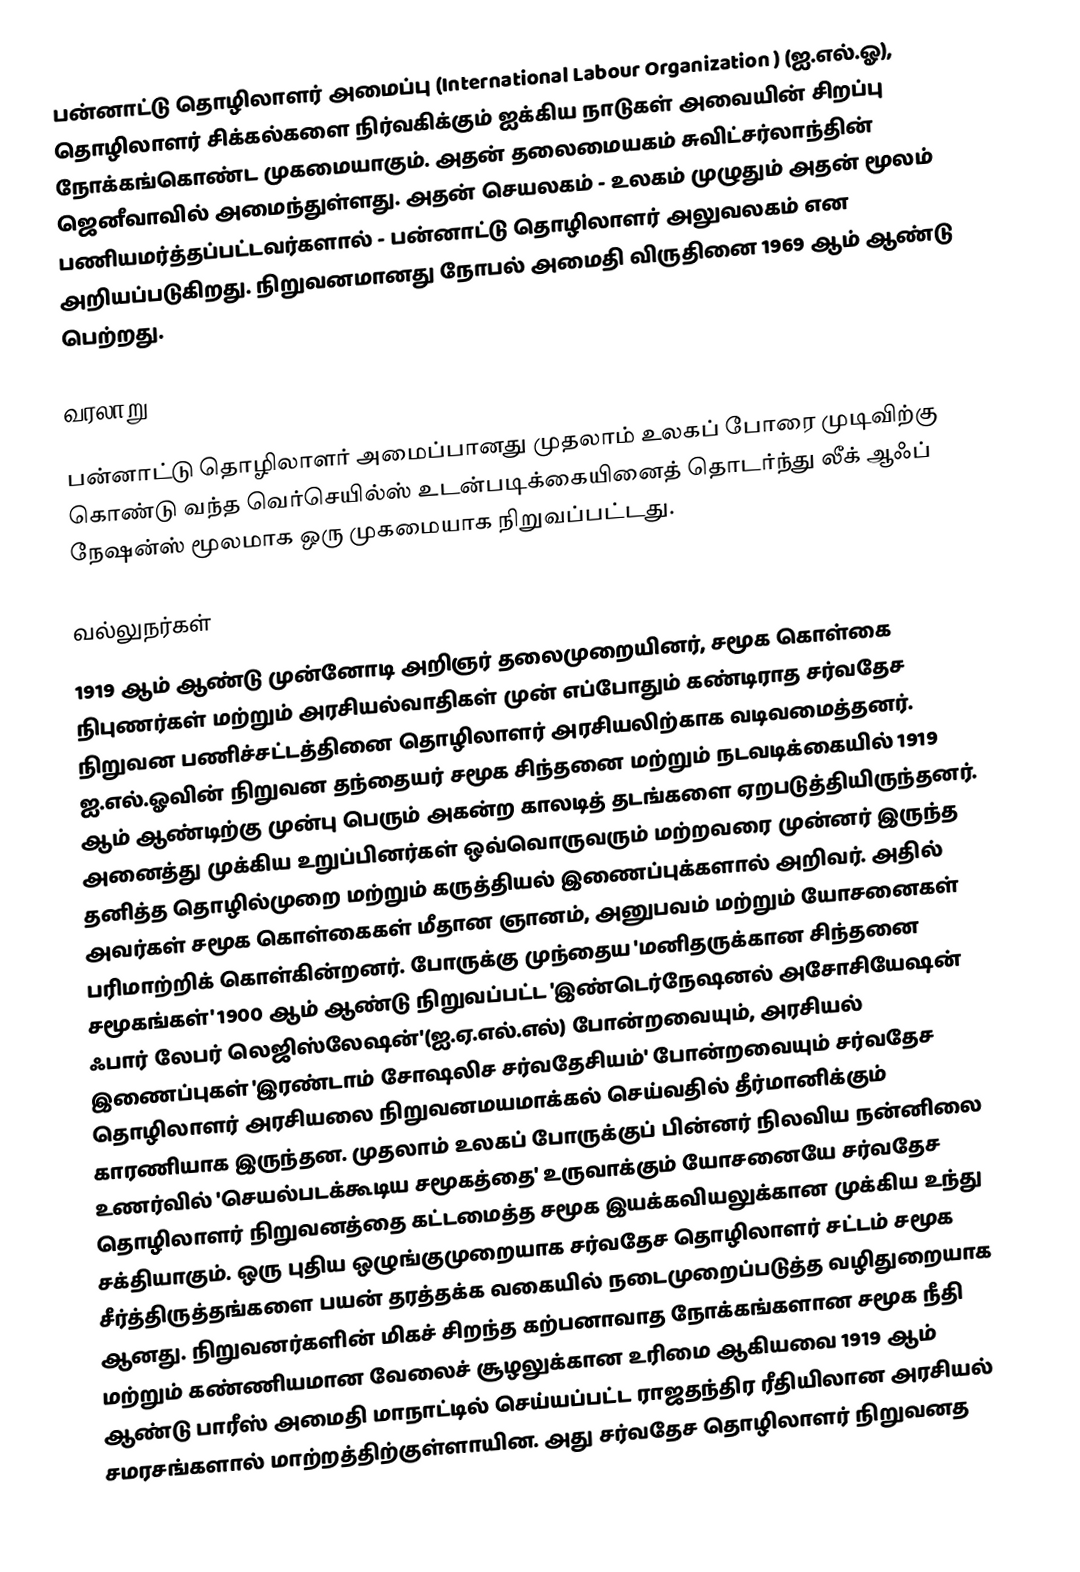
பன்னாட்டு தொழிலாளர் அமைப்பு (International Labour Organization ) (ஐ.எல்.ஓ),  தொழிலாளர் சிக்கல்களை நிர்வகிக்கும் ஐக்கிய நாடுகள் அவையின் சிறப்பு நோக்கங்கொண்ட முகமையாகும். அதன் தலைமையகம் சுவிட்சர்லாந்தின் ஜெனீவாவில் அமைந்துள்ளது. அதன் செயலகம் - உலகம் முழுதும் அதன் மூலம் பணியமர்த்தப்பட்டவர்களால் - பன்னாட்டு தொழிலாளர் அலுவலகம் என அறியப்படுகிறது. நிறுவனமானது நோபல் அமைதி விருதினை 1969 ஆம் ஆண்டு பெற்றது.

வரலாறு

பன்னாட்டு தொழிலாளர் அமைப்பானது முதலாம் உலகப் போரை முடிவிற்கு கொண்டு வந்த வெர்செயில்ஸ் உடன்படிக்கையினைத் தொடர்ந்து லீக் ஆஃப் நேஷன்ஸ் மூலமாக ஒரு முகமையாக நிறுவப்பட்டது.

வல்லுநர்கள்
1919 ஆம் ஆண்டு முன்னோடி அறிஞர் தலைமுறையினர், சமூக கொள்கை நிபுணர்கள் மற்றும் அரசியல்வாதிகள் முன் எப்போதும் கண்டிராத சர்வதேச நிறுவன பணிச்சட்டத்தினை தொழிலாளர் அரசியலிற்காக வடிவமைத்தனர். ஐ.எல்.ஓவின் நிறுவன தந்தையர் சமூக சிந்தனை மற்றும் நடவடிக்கையில் 1919 ஆம் ஆண்டிற்கு முன்பு பெரும் அகன்ற காலடித் தடங்களை ஏறபடுத்தியிருந்தனர். அனைத்து முக்கிய உறுப்பினர்கள் ஒவ்வொருவரும் மற்றவரை முன்னர் இருந்த தனித்த தொழில்முறை மற்றும் கருத்தியல் இணைப்புக்களால் அறிவர். அதில் அவர்கள் சமூக கொள்கைகள் மீதான ஞானம், அனுபவம் மற்றும் யோசனைகள் பரிமாற்றிக் கொள்கின்றனர். போருக்கு முந்தைய 'மனிதருக்கான சிந்தனை சமூகங்கள்' 1900 ஆம் ஆண்டு நிறுவப்பட்ட 'இண்டெர்நேஷனல் அசோசியேஷன் ஃபார் லேபர் லெஜிஸ்லேஷன்'(ஐ.ஏ.எல்.எல்) போன்றவையும், அரசியல் இணைப்புகள் 'இரண்டாம் சோஷலிச சர்வதேசியம்' போன்றவையும் சர்வதேச தொழிலாளர் அரசியலை நிறுவனமயமாக்கல் செய்வதில் தீர்மானிக்கும் காரணியாக இருந்தன. முதலாம் உலகப் போருக்குப் பின்னர் நிலவிய நன்னிலை உணர்வில் 'செயல்படக்கூடிய சமூகத்தை' உருவாக்கும் யோசனையே சர்வதேச தொழிலாளர் நிறுவனத்தை கட்டமைத்த சமூக இயக்கவியலுக்கான முக்கிய உந்து சக்தியாகும். ஒரு புதிய ஒழுங்குமுறையாக சர்வதேச தொழிலாளர் சட்டம் சமூக சீர்த்திருத்தங்களை பயன் தரத்தக்க வகையில் நடைமுறைப்படுத்த வழிதுறையாக ஆனது. நிறுவனர்களின் மிகச் சிறந்த கற்பனாவாத நோக்கங்களான சமூக நீதி மற்றும் கண்ணியமான வேலைச் சூழலுக்கான உரிமை ஆகியவை 1919 ஆம் ஆண்டு பாரீஸ் அமைதி மாநாட்டில் செய்யப்பட்ட ராஜதந்திர ரீதியிலான அரசியல் சமரசங்களால் மாற்றத்திற்குள்ளாயின. அது சர்வதேச தொழிலாளர் நிறுவனத